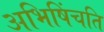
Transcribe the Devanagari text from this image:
अभिषिंचति